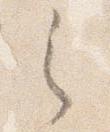
之